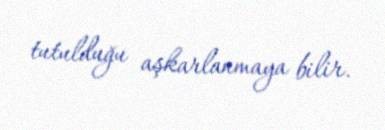
tutulduğu aşkarlanmaya bilir.